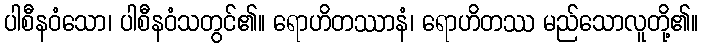
ပါစီနဝံသော၊ ပါစီနဝံသတွင်၏။ ရောဟိတဿာနံ၊ ရောဟိတဿ မည်သောလူတို့၏။